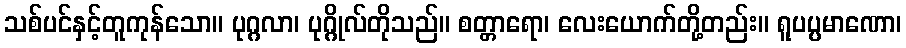
သစ်ပင်နှင့်တူကုန်သော။ ပုဂ္ဂလာ၊ ပုဂ္ဂိုလ်တိုသည်။ စတ္တာရော၊ လေးယောက်တို့တည်း။ ရူပပ္ပမာဏော၊